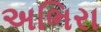
અભિરા